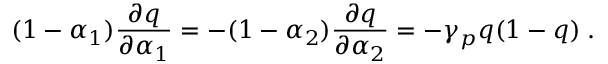
( 1 - \alpha _ { 1 } ) \frac { \partial q } { \partial \alpha _ { 1 } } = - ( 1 - \alpha _ { 2 } ) \frac { \partial q } { \partial \alpha _ { 2 } } = - \gamma _ { p } q ( 1 - q ) \; .